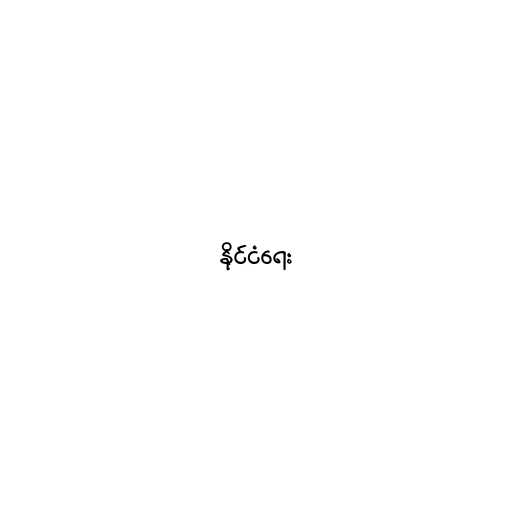
နိုင်ငံရေး